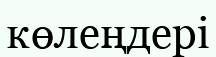
көлеңдері